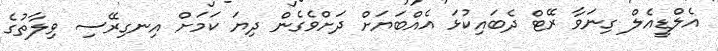
އެލްޑީއެލް ގިނަވާ ރޭޓް ދެބައިކުޅަ އެއްބަޔަށް ދަށްވެގެން ދިޔަ ކަމަށް އިނގިރޭސި ވިލާތުގެ